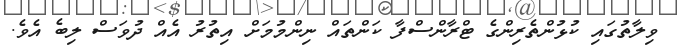
ވިލާތުގައި ކުޅުންތެރިންގެ ޓްރާންސްފާ ކަންތައް ނިންމުމަށް އިތުރު އެއް ދުވަސް ލިބެ އެވެ.